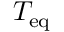
T _ { \mathrm { e q } }